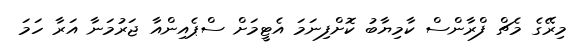
މިރޭގެ މެޗް ފްރާންސް ކާމިޔާބު ކޮށްފިނަމަ އެޓީމަށް ސްޕެއިންއާ ޖަރުމަނާ އަރާ ހަމަ